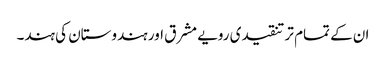
ان کے تمام تر تنقیدی رویے مشرق اور ہندوستان کی ہند۔